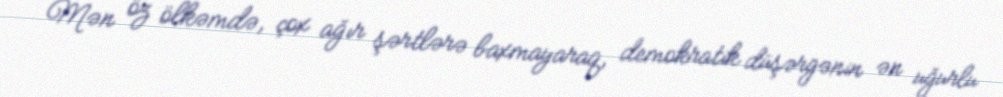
Mən öz ölkəmdə, çox ağır şərtlərə baxmayaraq, demokratik düşərgənin ən uğurlu